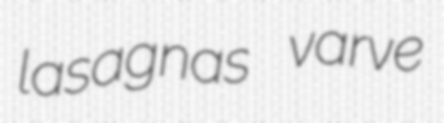
lasagnas varve